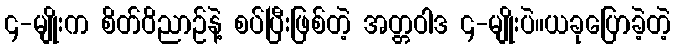
၄-မျိုးက စိတ်ဝိညာဉ်နဲ့ စပ်ပြီးဖြစ်တဲ့ အတ္တဝါဒ ၄-မျိုးပဲ။ယခုပြောခဲ့တဲ့